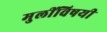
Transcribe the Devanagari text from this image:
मुलींविषयी